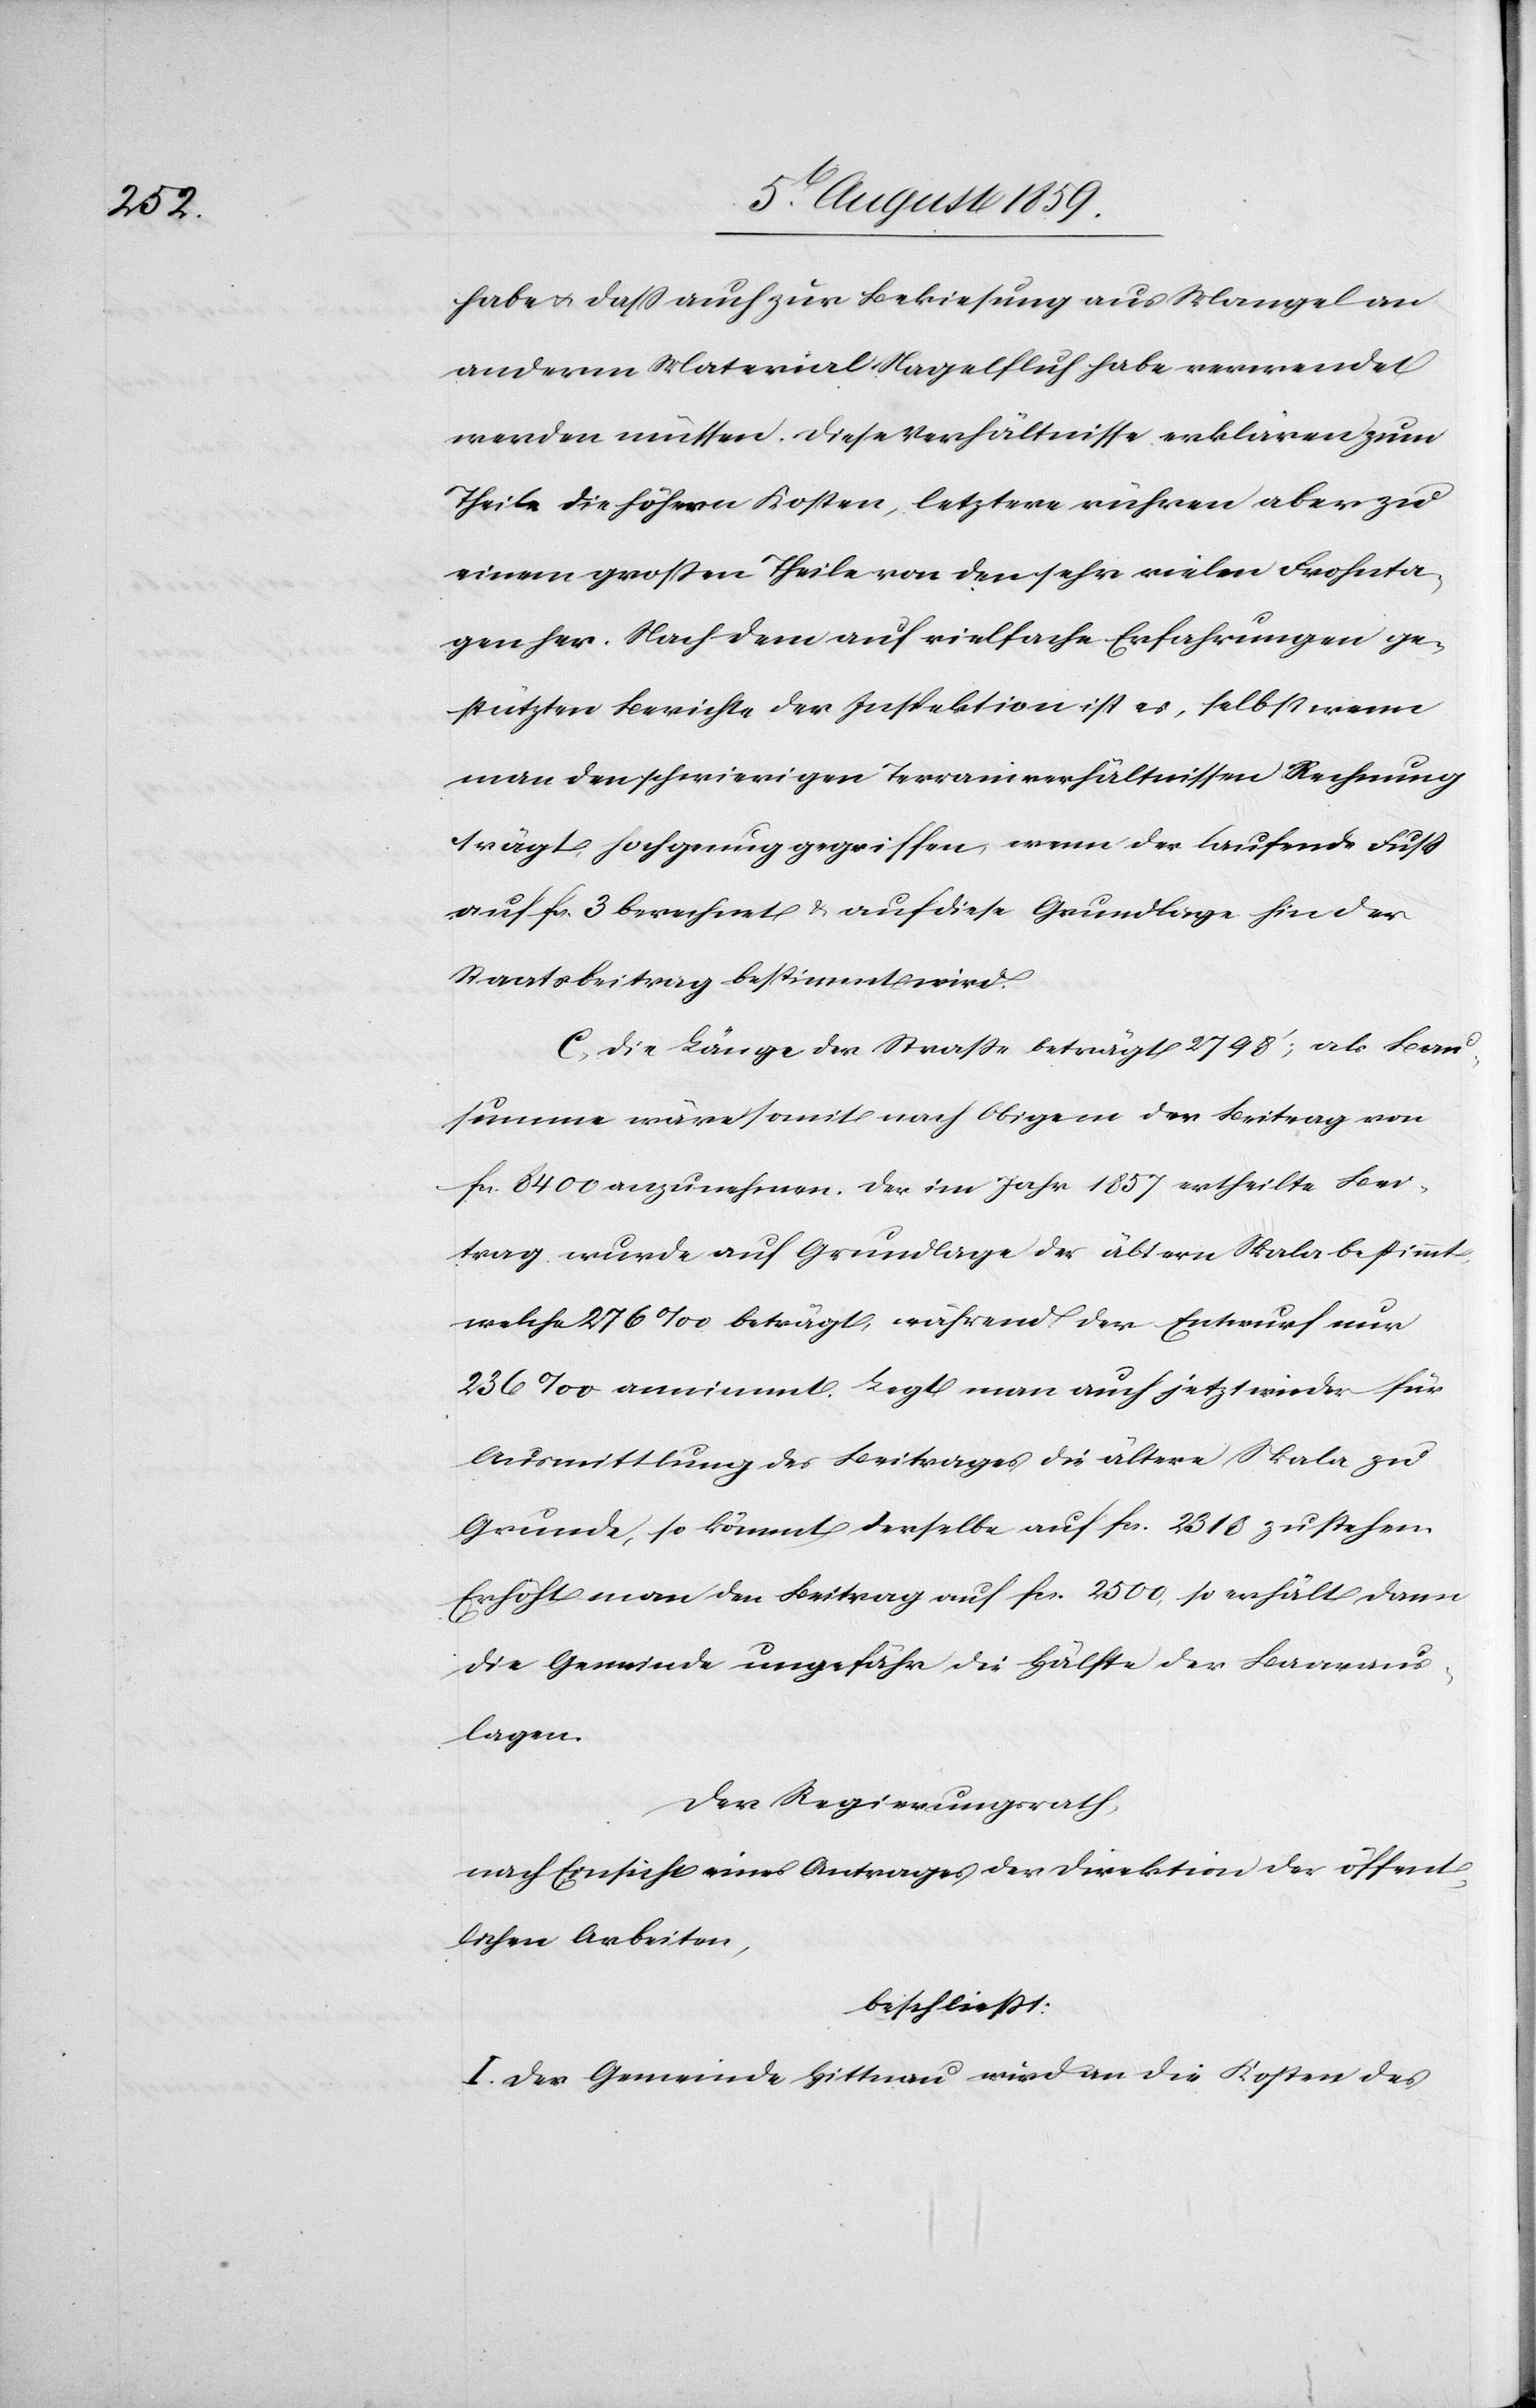
habe u. daß auch zur Bekiesung aus Mangel an
anderm Material Nagelfluh habe verwendet
werden müssen. Diese Verhältnisse erklären zum
Theile die höhern Kosten, letztere rühren aber zu
einem großen Theile von den sehr vielen Frohnta¬
gen her. Nach dem auf vielfache Erfahrungen ge¬
stützten Berichte der Inspektion ist es, selbst wenn
man den schwierigen Terrainverhältnissen Rechnung
trägt, hoch genug gegriffen, wenn der laufende Fuß
auf fcs. 3 berechnet u. auf diese Grundlage hin der
Staatsbeitrag bestimmt wird.
C. Die Länge der Straße beträgt 2798’; als Bau¬
summe wäre somit nach obigem der Beitrag von
fcs. 8400 anzunehmen. Der im Jahr 1857 ertheilte Bei¬
trag wurde auf Grundlage der ältern Skala bestimmt,
welche 276‰ beträgt, während der Entwurf nur
236‰ annimmt. Legt man auch jetzt wieder für
Ausmittlung des Beitrages die ältere Skala zu
Grunde, so kömmt derselbe auf fcs. 2500, so erhält
die Gemeinde ungefähr die Hälfte der Baaraus¬
lagen.
Der Regierungsrath,
nach Einsicht eines Antrages der Direktion der öffent¬
lichen Arbeiten,
beschließt:
I. Der Gemeinde Hittnau wird an die Kosten des